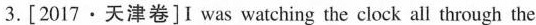
3.[2017·天津卷] I was watching the clock all through the